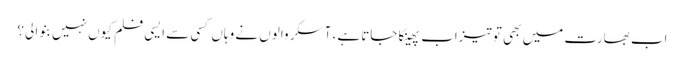
اب بھارت میں بھی تو تیزاب پھینکا جاتا ہے، آسکر والوں نے وہاں کسی سے ایسی فلم کیوں نہیں بنوا لی؟